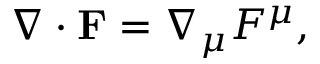
\nabla \cdot \mathbf { F } = \nabla _ { \mu } F ^ { \mu } ,